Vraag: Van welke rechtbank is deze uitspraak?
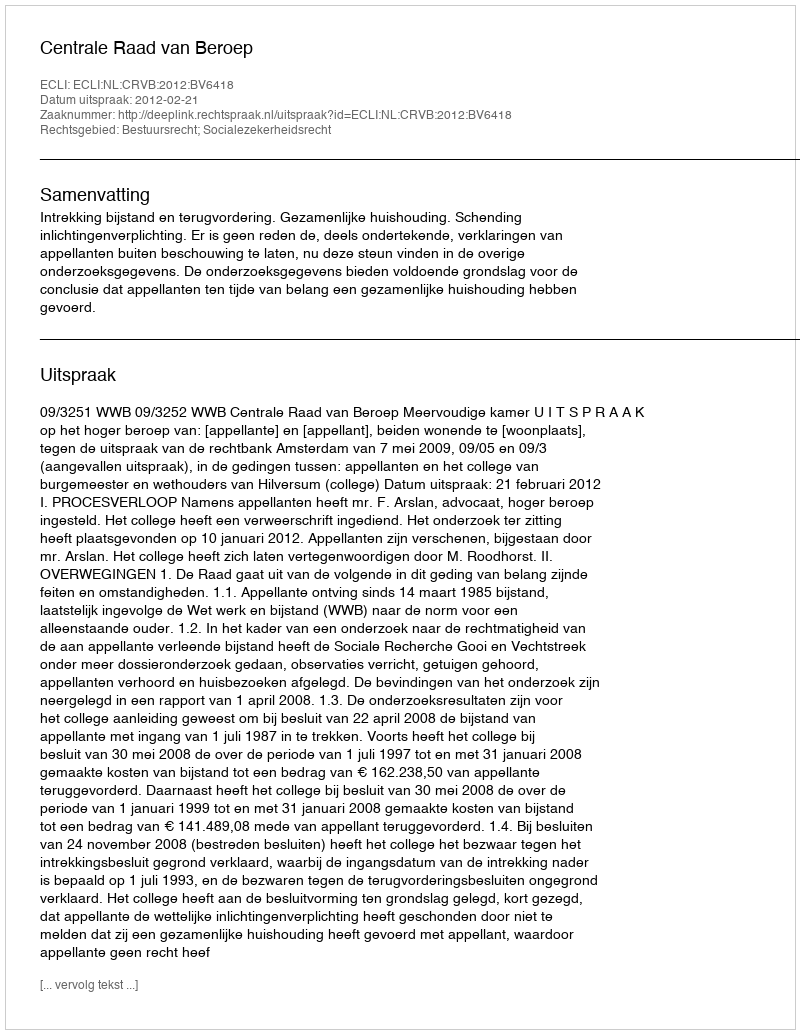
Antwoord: Centrale Raad van Beroep